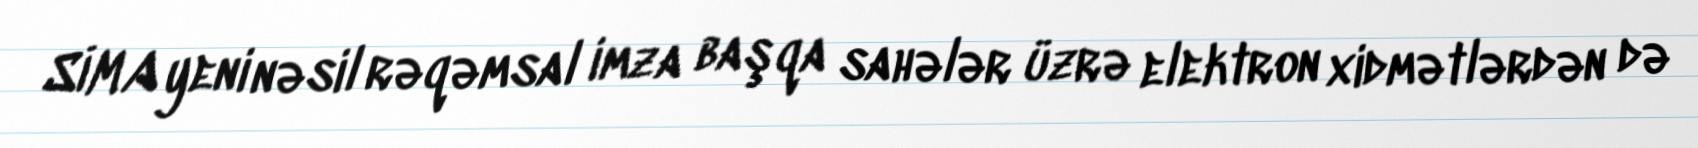
SİMA yeni nəsil rəqəmsal imza başqa sahələr üzrə elektron xidmətlərdən də